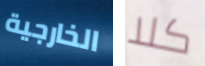
الخارجية كلا